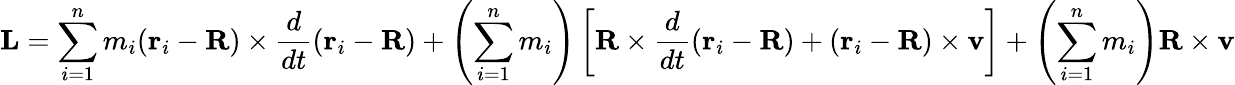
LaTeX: \mathbf{L}=\sum_{i=1}^{n}m_{i}(\mathbf{r}_{i}-\mathbf{R})\times{\frac{d}{dt}}(\mathbf{r}_{i}-\mathbf{R})+\left(\sum_{i=1}^{n}m_{i}\right)\left[\mathbf{R}\times{\frac{d}{dt}}(\mathbf{r}_{i}-\mathbf{R})+(\mathbf{r}_{i}-\mathbf{R})\times\mathbf{v}\right]+\left(\sum_{i=1}^{n}m_{i}\right)\mathbf{R}\times\mathbf{v}